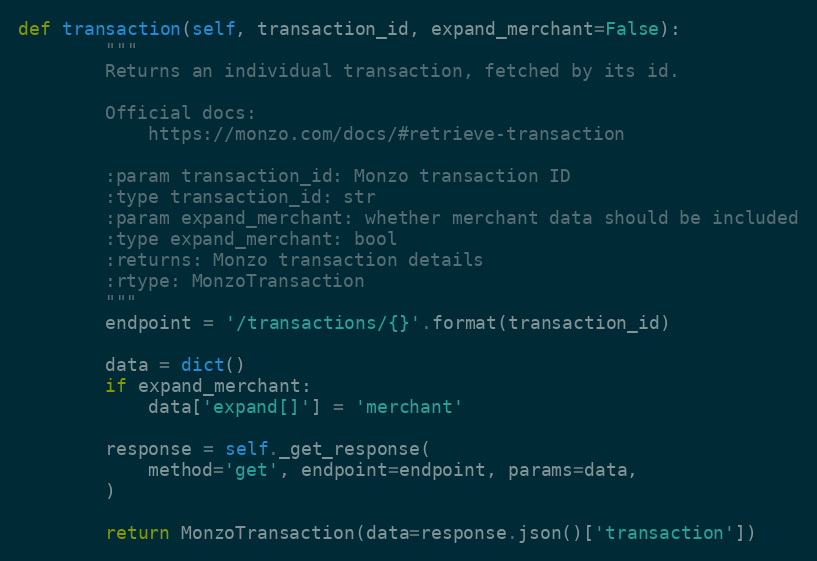
Language: Python
def transaction(self, transaction_id, expand_merchant=False):
        """
        Returns an individual transaction, fetched by its id.

        Official docs:
            https://monzo.com/docs/#retrieve-transaction

        :param transaction_id: Monzo transaction ID
        :type transaction_id: str
        :param expand_merchant: whether merchant data should be included
        :type expand_merchant: bool
        :returns: Monzo transaction details
        :rtype: MonzoTransaction
        """
        endpoint = '/transactions/{}'.format(transaction_id)

        data = dict()
        if expand_merchant:
            data['expand[]'] = 'merchant'

        response = self._get_response(
            method='get', endpoint=endpoint, params=data,
        )

        return MonzoTransaction(data=response.json()['transaction'])